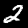
Digit: 2